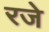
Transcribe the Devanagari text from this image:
रजे